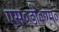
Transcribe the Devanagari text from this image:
एस०डी०एम०